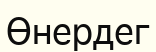
Өнердег